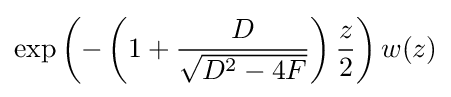
\exp \left(-\left(1+{\frac {D}{\sqrt {D^{2}-4F}}}\right){\frac {z}{2}}\right)w(z)